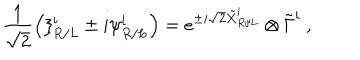
\frac { 1 } { \sqrt { 2 } } \left( \xi _ { R / L } ^ { i } \pm i \psi _ { R / L } ^ { i } \right) = e ^ { \pm i \sqrt { 2 } \tilde { X } _ { R / L } ^ { i } } \otimes \tilde { \Gamma } ^ { i } \ ,